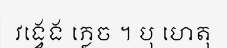
វង្វេង ភ្លេច ។ បុ ហេតុ